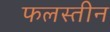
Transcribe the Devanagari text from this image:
फलस्तीन